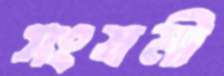
সংযমী